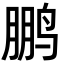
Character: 鹏